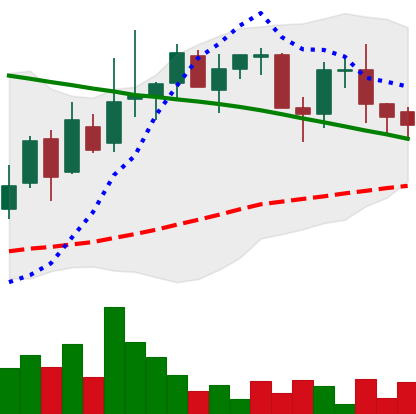
Ticker: LINK-USD
Chart end date: 2018-09-04
Forward return: -20.012%
Label: down_7plus